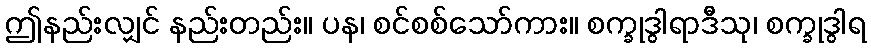
ဤနည်းလျှင် နည်းတည်း။ ပန၊ စင်စစ်သော်ကား။ စက္ခုဒွါရာဒီသု၊ စက္ခုဒွါရ